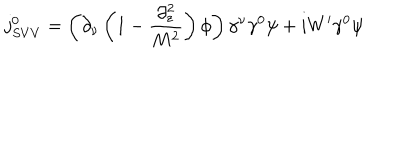
LaTeX: j _ { S V V } ^ { 0 } = \left( \partial _ { \nu } \left( 1 - \frac { \partial _ { z } ^ { 2 } } { M ^ { 2 } } \right) \phi \right) \gamma ^ { \nu } \gamma ^ { 0 } \psi + i W ^ { \prime } \gamma ^ { 0 } \psi